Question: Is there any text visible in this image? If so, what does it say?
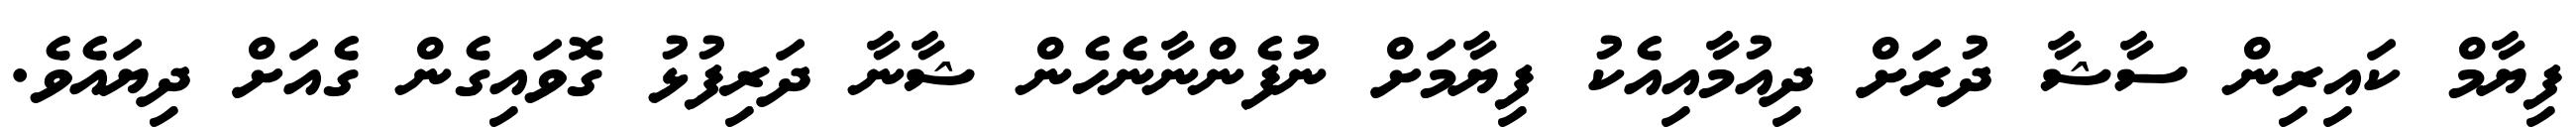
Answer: ފިޔާމް ކައިރިން ސާޝާ ދުރަށް ދިއުމާއިއެކު ފިޔާމަށް ނުފެންނާނެހެން ޝާނާ ދަރިފުޅު ގޮވައިގެން ގެއަށް ދިޔައެވެ.